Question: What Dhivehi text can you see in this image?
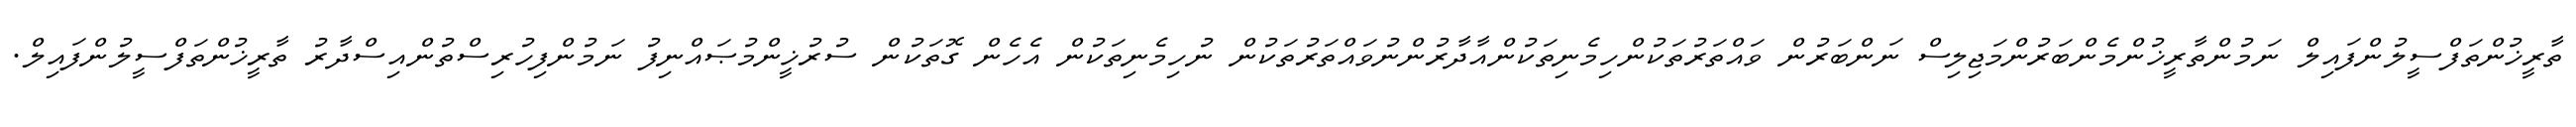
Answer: ތާރީޚުންތަފްސީލުންފައިލް ނަމުންތާރީޚުންމެންބަރުންމަޖިލިސް ނަންބަރުން ވައްތަރުތަކުންހިމެނިތަކުންއާދާރުންނުވައްތަރުތަކުން ނުހިމެނިތަކުން އެހެން ގޮތަކުން ސުރުޚީންމުޞައްނިފު ނަމުންފިހުރިސްތުންއިސްދާރު ތާރީޚުންތަފްސީލުންފައިލް.